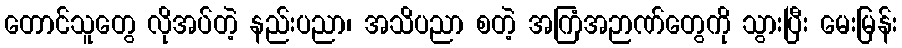
တောင်သူတွေ လိုအပ်တဲ့ နည်းပညာ၊ အသိပညာ စတဲ့ အကြံအဉာဏ်တွေကို သွားပြီး မေးမြန်း